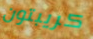
كريبتون